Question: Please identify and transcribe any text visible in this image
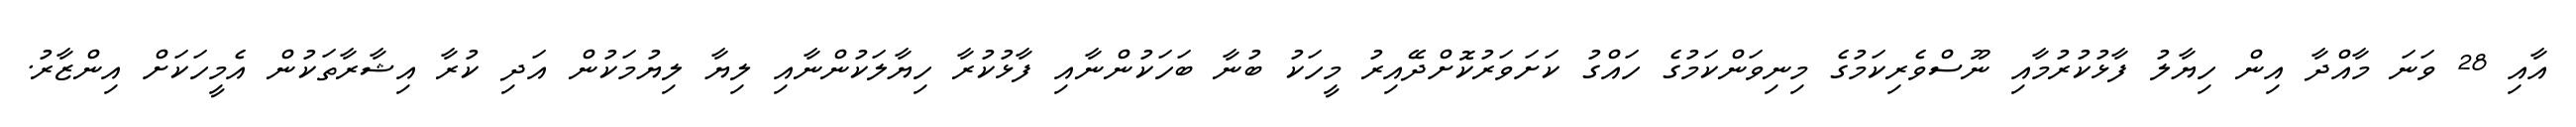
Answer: އާއި 28 ވަނަ މާއްދާ އިން ހިޔާލު ފާޅުކުރުމާއި ނޫސްވެރިކަމުގެ މިނިވަންކަމުގެ ހައްގު ކަށަވަރުކޮށްދޭއިރު މީހަކު ބުނާ ބަހަކުންނާއި ފާޅުކުރާ ހިޔާލަކުންނާއި ލިޔާ ލިޔުމަކުން އަދި ކުރާ އިޝާރާތަކުން އެމީހަކަށް އިންޒާރު.